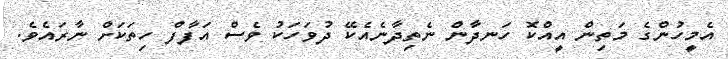
އެމީހުންގެ މަތިން އީއްކޮ ހަނދާން ނެތިދާނެއެކޭ ދުވަހަކު ވެސް އަފާފް ހިތަކަށް ނާރައެވެ.